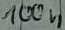
Text: 100n